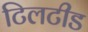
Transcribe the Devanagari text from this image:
टिलटीड